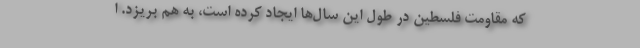
که مقاومت فلسطین در طول این سال‌ها ایجاد کرده است، به هم بریزد. ا